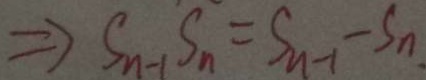
\Rightarrow S _ { n - 1 } S _ { n } = S _ { n - 1 } - S _ { n }